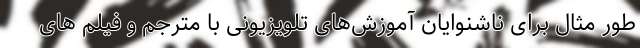
طور مثال برای ناشنوایان آموزش‌های تلویزیونی با مترجم و ‌فیلم های